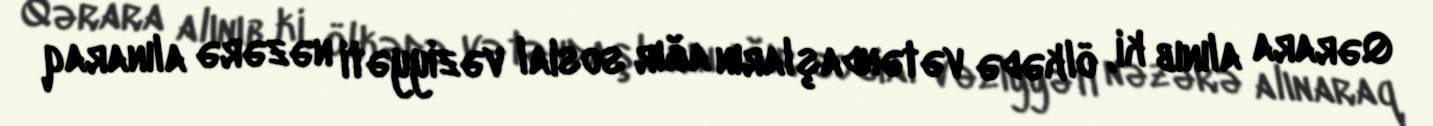
Qərara alınıb ki, ölkədə vətəndaşların ağır sosial vəziyyəti nəzərə alınaraq